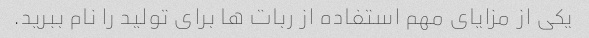
یکی از مزایای مهم استفاده از ربات ها برای تولید را نام ببرید.